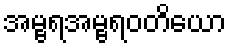
အမ္ဗရအမ္ဗရဝတိယော